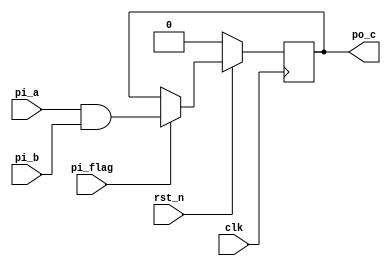
module a_and_b(
    input   wire        clk,
    input   wire        rst_n,
    input   wire        pi_a,
    input   wire        pi_b,
    input   wire        pi_flag,
    output  reg         po_c  
);

wire    rst;
assign  rst = ~rst_n; 

// po_c

always @(posedge clk)begin
    if(rst == 1'b1)begin
        po_c <= 1'b0;
    end
    else if(pi_flag == 1'b1)begin
        po_c <= pi_a & pi_b;
    end
end

endmodule